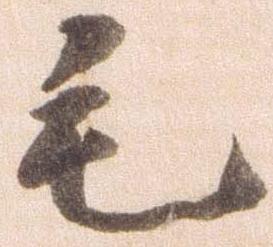
毛